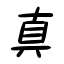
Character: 真